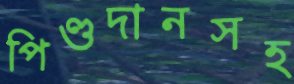
পিণ্ডদানসহ